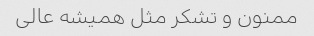
ممنون و تشکر مثل همیشه عالی